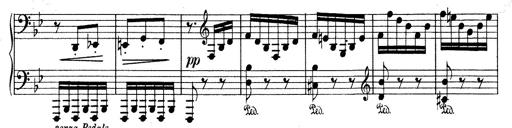
Title: Mephisto Waltz No.1
Composer: Franz Liszt